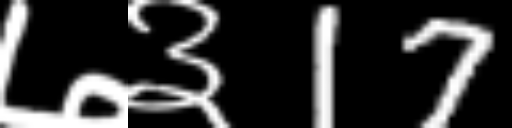
Text: ७३17